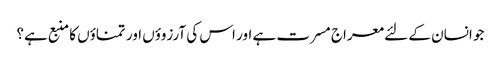
جو انسان کے لئے معراج مسرت ہے اور اس کی آرزوؤں اور تمناؤں کا منبع ہے؟